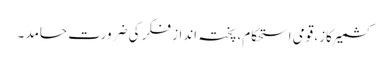
کشمیر کاز، قومی استحکام، پختہ اندازِ فکر کی ضرورت حامد ۔